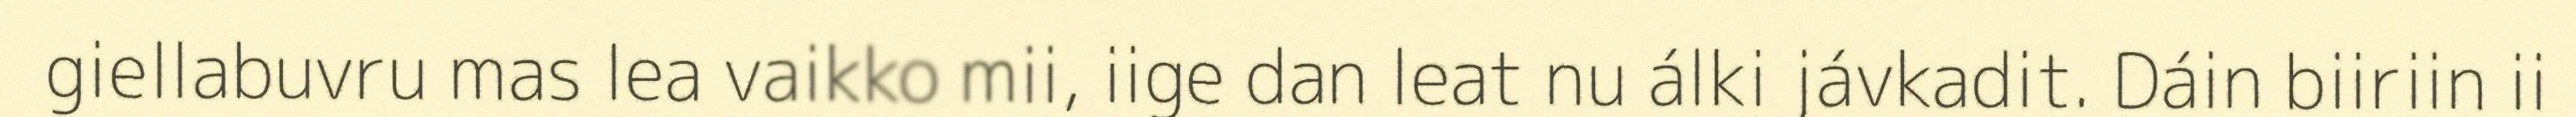
giellabuvru mas lea vaikko mii, iige dan leat nu álki jávkadit. Dáin biiriin ii